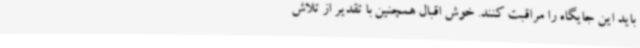
باید این جایگاه را مراقبت کنند. خوش اقبال همچنین با تقدیر از تلاش